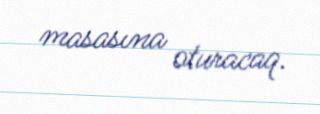
masasına oturacaq.